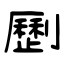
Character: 𠠝